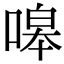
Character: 嗥